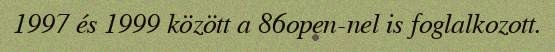
1997 és 1999 között a 86open-nel is foglalkozott.